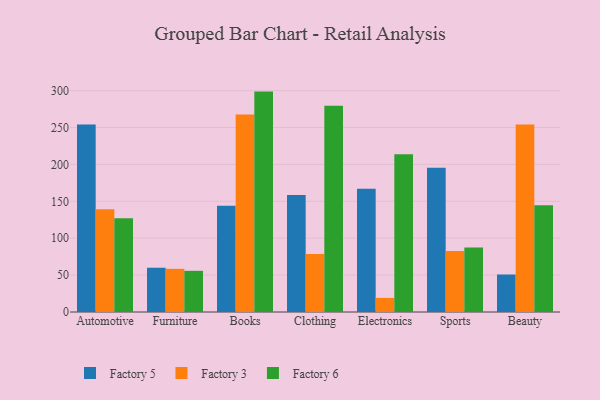
{"axis": {"x": "Category", "y": "Tickets Resolved"}, "legend": ["Factory 3", "Factory 5", "Factory 6"], "data": [{"x": "Automotive", "y": 254.0, "type": "Factory 5"}, {"x": "Automotive", "y": 139.2, "type": "Factory 3"}, {"x": "Automotive", "y": 127.0, "type": "Factory 6"}, {"x": "Furniture", "y": 60.0, "type": "Factory 5"}, {"x": "Furniture", "y": 58.5, "type": "Factory 3"}, {"x": "Furniture", "y": 55.8, "type": "Factory 6"}, {"x": "Books", "y": 144.1, "type": "Factory 5"}, {"x": "Books", "y": 267.7, "type": "Factory 3"}, {"x": "Books", "y": 298.7, "type": "Factory 6"}, {"x": "Clothing", "y": 158.6, "type": "Factory 5"}, {"x": "Clothing", "y": 78.7, "type": "Factory 3"}, {"x": "Clothing", "y": 279.6, "type": "Factory 6"}, {"x": "Electronics", "y": 167.1, "type": "Factory 5"}, {"x": "Electronics", "y": 19.1, "type": "Factory 3"}, {"x": "Electronics", "y": 213.7, "type": "Factory 6"}, {"x": "Sports", "y": 195.6, "type": "Factory 5"}, {"x": "Sports", "y": 82.8, "type": "Factory 3"}, {"x": "Sports", "y": 87.4, "type": "Factory 6"}, {"x": "Beauty", "y": 50.8, "type": "Factory 5"}, {"x": "Beauty", "y": 254.1, "type": "Factory 3"}, {"x": "Beauty", "y": 144.7, "type": "Factory 6"}]}